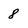
Character: 8